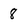
Character: 8